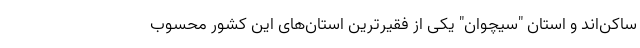
ساکن‌اند و استان "سیچوان" یکی از فقیرترین استان‌های این کشور محسوب